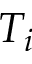
T _ { i }